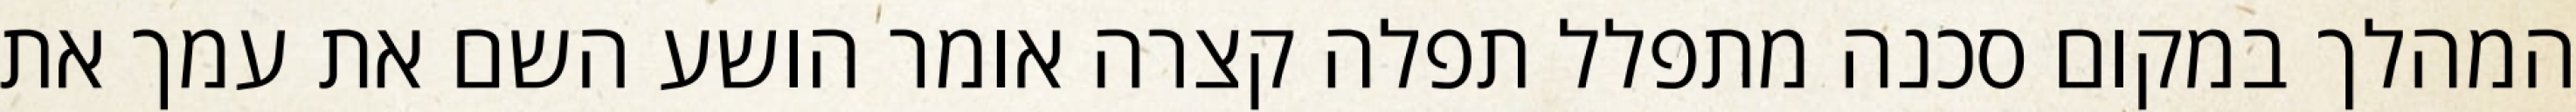
המהלך במקום סכנה מתפלל תפלה קצרה אומר הושע השם את עמך את